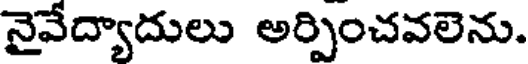
నైవేద్యాదులు అర్పించవలెను.